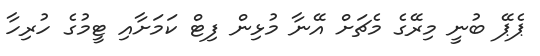
ޕެޕޭ ބުނީ މިރޭގެ މެޗަށް އޭނާ މުޅިން ފިޓް ކަމަށާއި ޓީމުގެ ހުރިހާ